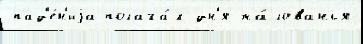
пад'е́н'иjа полага́л дн'я жа́лованья